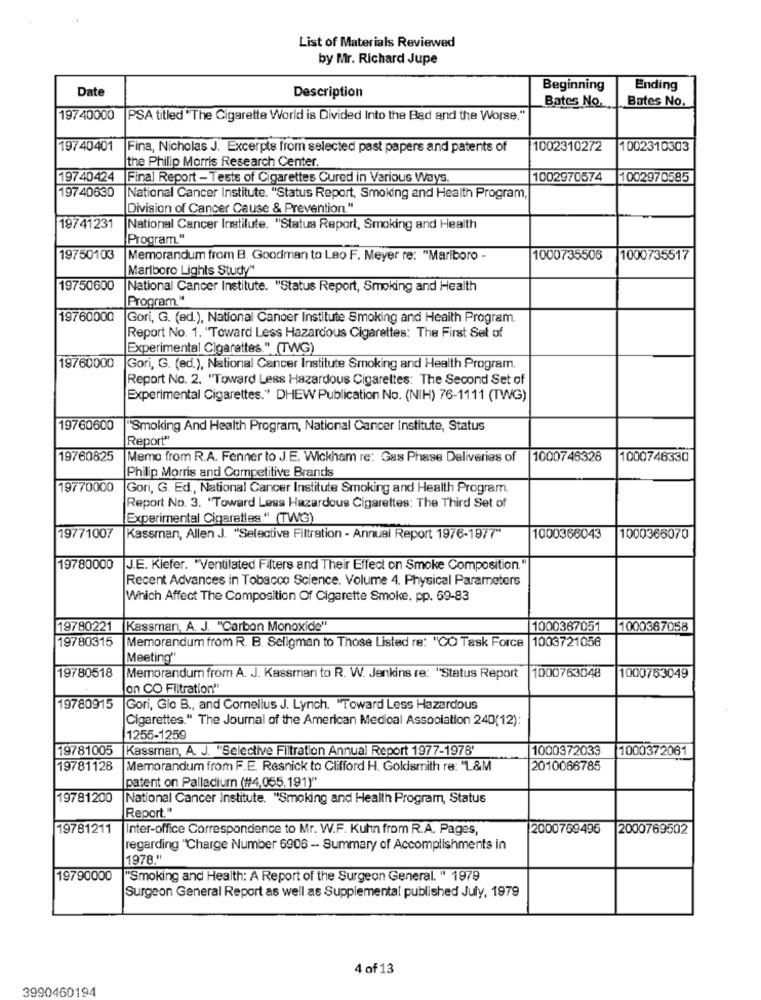
List of Materials Reviewed
by Mr. Richard Jupe
Date
Description
Beginning
Ending
Bates No.
Bates No.
19740000
PSA titled "The Cigarette World is Divided Into the Bad and the Worse."
19740401
Fina, Nicholas J. Excerpts from selected past papers and patents of
1002310272
1002310303
the Philip Morris Research Center.
19740424
Final Report - Tests of Cigarettes Cured in Various Ways.
1002970574
1002970585
19740630
National Cancer Institute. "Status Report, Smoking and Health Program,
Division of Cancer Cause & Prevention."
19741231
National Cancer Institute. "Status Report, Smoking and Health
Program."
19750103
Memorandum from B. Goodman to Leo F. Meyer re: "Mariboro -
1000735506
1000735517
Marlboro Lights Study"
19750600
National Cancer Institute. "Status Report, Smoking and Health
Program.“
19760000
Gori, G. (ed.), National Cancer Institute Smoking and Health Program.
Report No. 1. "Toward Less Hazardous Cigarettes: The First Set of
Experimental Cigarettes." (TWG)
19760000
Gori, G. (ed.), National Cancer Institute Smoking and Health Program.
Report No. 2. "Toward Less Hazardous Cigarettes: The Second Set of
Experimental Cigarettes." DHEW Publication No. (NIH) 76-1111 (TWG)
19760600
"Smoking And Health Program, National Cancer Institute, Status
Report"
19760825
Memo from R.A. Fenner to J.E. Wickham re: Gas Phase Deliveries of
1000746328
1000746330
Philip Morris and Competitive Brands
19770000
Gori, G. Ed, National Cancer Institute Smoking and Health Program.
Report No. 3. "Toward Less Hazardous Cigarettes: The Third Set of
Experimental Cigarettes." (TWG)
19771007
Kassman, Allen J. "Selective Filtration - Annual Report 1976-1977"
1000366043
1000366070
19780000
J.E. Kiefer. "Ventilated Filters and Their Effect on Smoke Composition."
Recent Advances in Tobacco Science. Volume 4. Physical Parameters
Which Affect The Composition Of Cigarette Smoke, pp. 69-83
19780221
Kassman, A. J. "Carbon Monoxide"
1000367051
1000367058
19780315
1003721056
Memorandum from R. B. Seligman to Those Listed re: "CO Task Force
Meeting""
19780518
1000763048
Memorandum from A. J. Kassman to R. W. Jenkins re: "Status Report
1000763049
on CO Filtration"
19780915
Gori, Glo B ., and Cornelius J. Lynch. "Toward Less Hazardous
Cigarettes." The Journal of the American Medical Association 240(12):
1255-1259
19781005
Kassman, A. J. "Selective Filtration Annual Report 1977-1978'
1000372033
1000372061
19781128
Memorandum from F.E. Resnick to Clifford H. Goldsmith re: "L&M
2010066785
patent on Palladium (#4,055,191)"
19781200
National Cancer Institute. "Smoking and Health Program, Status
Report."
19781211
Inter-office Correspondence to Mr. W.F. Kuhn from R.A. Pages,
2000769495
2000769502
regarding "Charge Number 6906 -- Summary of Accomplishments in
1978."
19790000
"Smoking and Health: A Report of the Surgeon General. " 1979
Surgeon General Report as well as Supplemental published July, 1979
4 of 13
3990460194